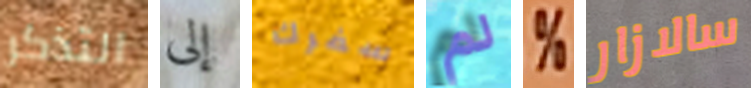
التذكر إلى سفرك لم % سالازار